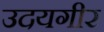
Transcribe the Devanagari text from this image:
उदयगीर